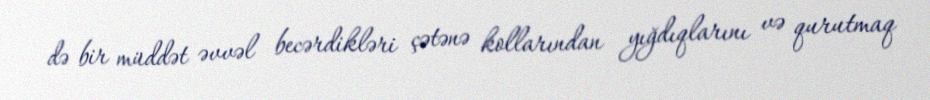
də bir müddət əvvəl becərdikləri çətənə kollarından yığdıqlarını və qurutmaq